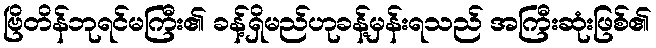
ဗြိတိန်ဘုရင်မကြီး၏ ခန့်ရှိမည်ဟုခန့်မှန်းရသည် အကြီးဆုံးဖြစ်၏